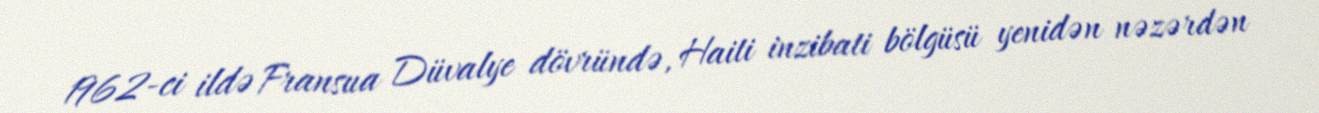
1962-ci ildə Fransua Düvalye dövründə, Haiti inzibati bölgüsü yenidən nəzərdən